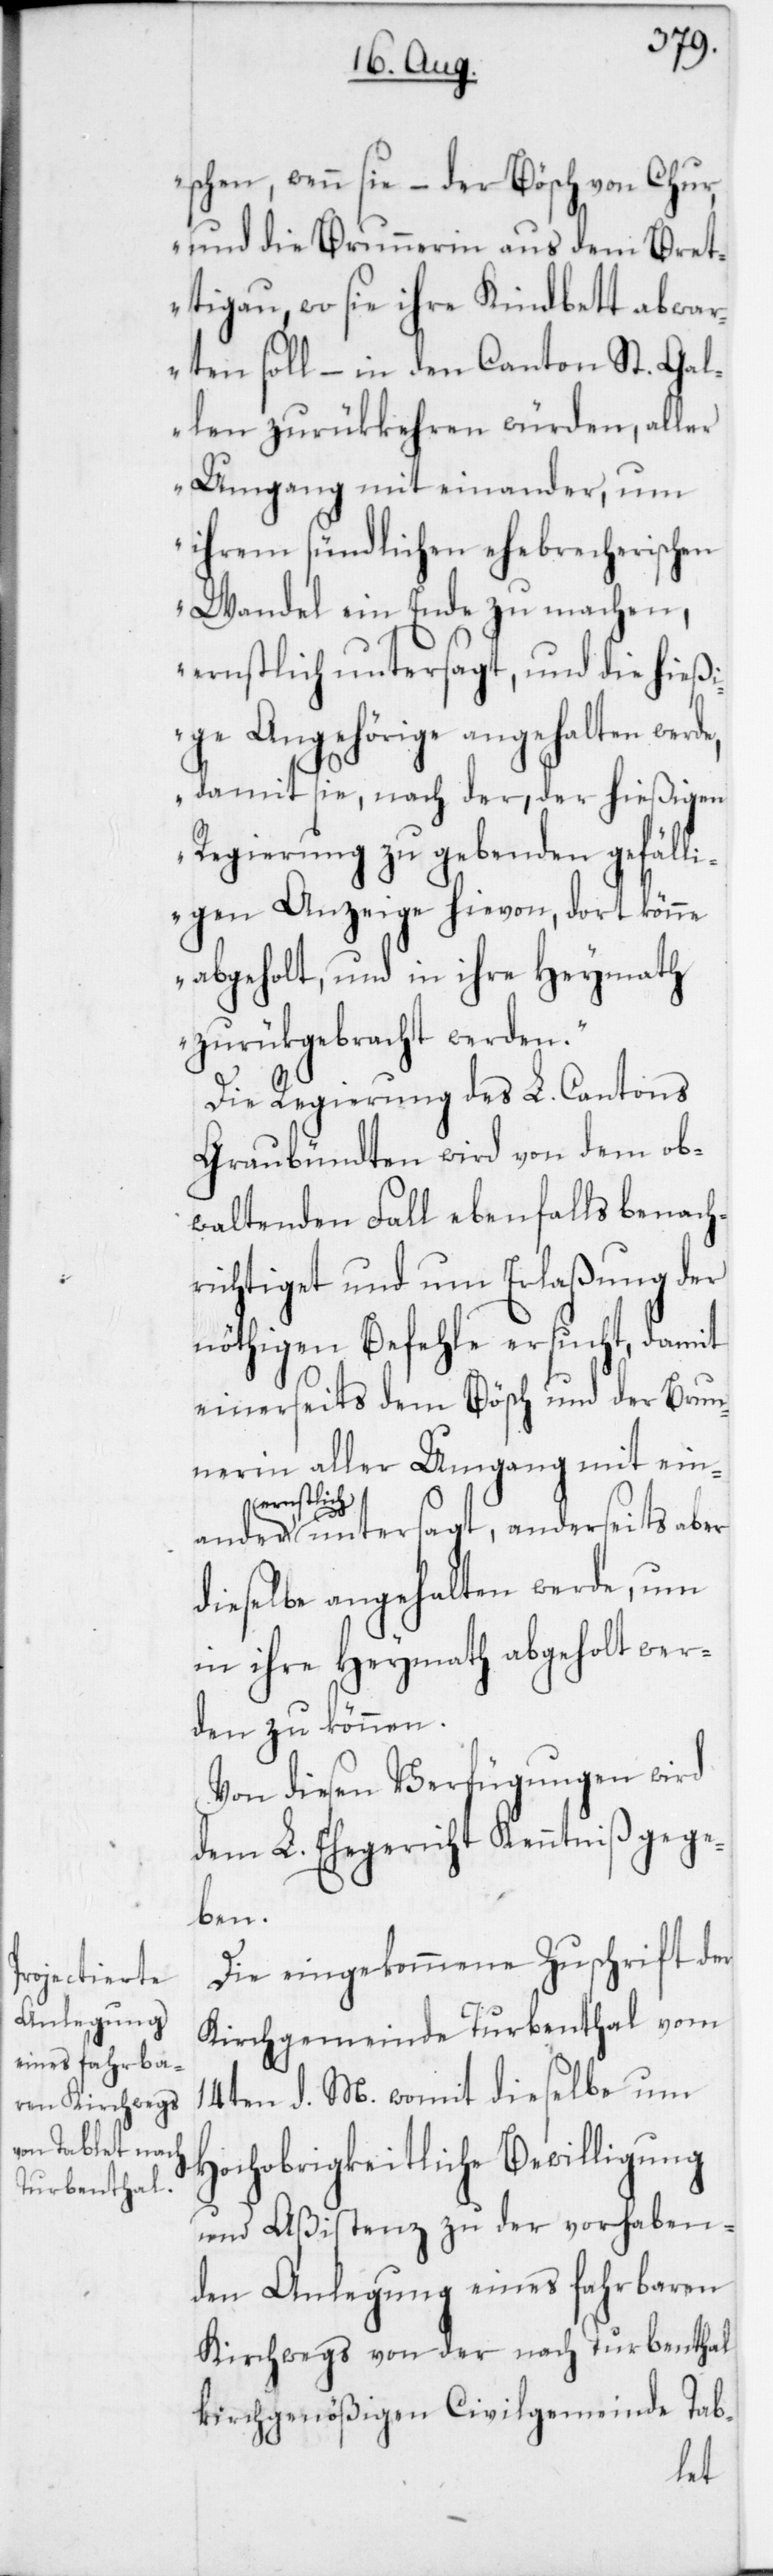
schen, wenn sie – der Bösch von Chur
und die Brunnerin aus dem Bret¬
tigau, wo sie ihre Kindbett abwa¬
rten soll, – in den Canton St. Gal¬
len zurükkehren würden, aller
Umgang miteinander, um
ihrem sündlichen ehebrecherischen
Wandel ein Ende zu machen,
ernstlich untersagt, anderseits
ige Angehörige angehalten werde,
damit sie, nach der, der hießigen
Regierung zu gebenden gefälli¬
gen Anzeige hievon, dort könne
abgeholt und in ihre Heymath
zurükgebracht werden.“
Die Regierung des L. Cantons
Graubündten wird von dem ob¬
waltenden Fall ebenfalls benach¬
richtiget und um Erlaßung der
nöthigen Befehle ersucht, damit
einerseits dem Bösch und der Brun¬
nerin aller Umgang mit einan¬
dieselbe angehalten werde, um
in ihre Heymath abgeholt wer¬
den zu können.
Von diesen Verfügungen wird
dem L. Ehegericht Kenntniß gege¬
ben.
Die eingekommene Zuschrift der
Kirchgemeinde Turbenthal vom
14ten d. M., womit dieselbe um
Hochobrigkeitliche Bewilligung
und Aßistenz zu der vorhaben¬
den Anlegung eines fahrbaren
Kirchwegs von der nach Turbenthal
kirchgenößigen Civilgemeinde Tab-
der